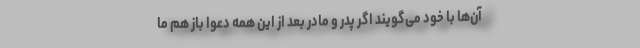
آن‌ها با خود می‌‌گویند اگر پدر و مادر بعد از این همه دعوا باز هم ما